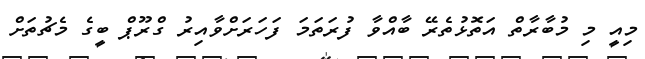
މިއީ މި މުބާރާތް އަތޮޅުތެރޭ ބާއްވާ ފުރަތަމަ ފަހަރަށްވާއިރު ގްރޫޕް ބީގެ މެޗުތަށް